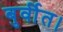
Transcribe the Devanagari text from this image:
बुर्वीत।